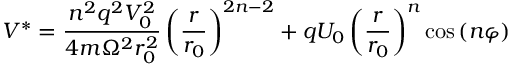
V ^ { * } = \frac { n ^ { 2 } q ^ { 2 } V _ { 0 } ^ { 2 } } { 4 m \Omega ^ { 2 } r _ { 0 } ^ { 2 } } \left( \frac { r } { r _ { 0 } } \right) ^ { 2 n - 2 } + q U _ { 0 } \left( \frac { r } { r _ { 0 } } \right) ^ { n } \cos \left( n \varphi \right)